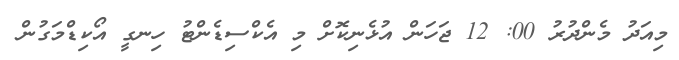
މިއަދު މެންދުރު 00: 12 ޖަހަން އުޅެނިކޮށް މި އެކްސިޑެންޓު ހިނގީ އޯކިޑްމަގުން